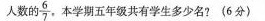
人数的\frac{6}{7},本学期五年级共有学生多少名？（6分）